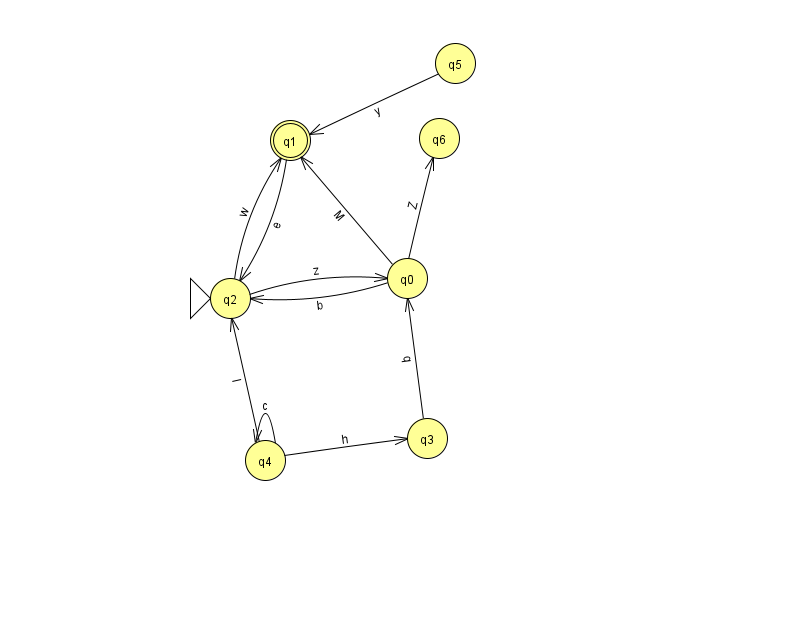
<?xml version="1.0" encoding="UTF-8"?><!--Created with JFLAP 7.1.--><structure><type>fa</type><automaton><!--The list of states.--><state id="0" name="q0"><x>407.0</x><y>265.0</y></state><state id="1" name="q1"><x>290.0</x><y>127.0</y><final/></state><state id="2" name="q2"><x>230.0</x><y>285.0</y><initial/></state><state id="3" name="q3"><x>427.0</x><y>425.0</y></state><state id="4" name="q4"><x>265.0</x><y>447.0</y></state><state id="5" name="q5"><x>455.0</x><y>50.0</y></state><state id="6" name="q6"><x>439.0</x><y>125.0</y></state><!--The list of transitions.--><transition><from>2</from><to>0</to><read>z</read></transition><transition><from>4</from><to>2</to><read>I</read></transition><transition><from>4</from><to>3</to><read>h</read></transition><transition><from>4</from><to>4</to><read>c</read></transition><transition><from>5</from><to>1</to><read>y</read></transition><transition><from>0</from><to>1</to><read>M</read></transition><transition><from>0</from><to>2</to><read>b</read></transition><transition><from>2</from><to>1</to><read>w</read></transition><transition><from>3</from><to>0</to><read>q</read></transition><transition><from>1</from><to>2</to><read>e</read></transition><transition><from>0</from><to>6</to><read>Z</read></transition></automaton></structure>